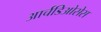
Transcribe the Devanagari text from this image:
आर्चडिओसेस